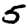
Digit: 5